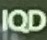
IQD